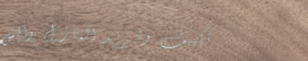
تكييف وتبريد المنازل والش